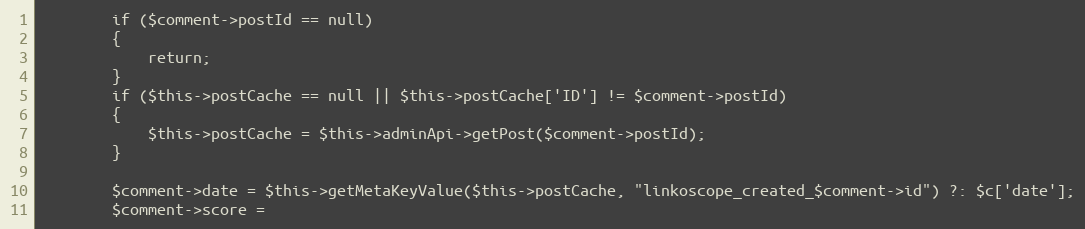
Language: PHP
        if ($comment->postId == null)
        {
            return;
        }
        if ($this->postCache == null || $this->postCache['ID'] != $comment->postId)
        {
            $this->postCache = $this->adminApi->getPost($comment->postId);
        }

        $comment->date = $this->getMetaKeyValue($this->postCache, "linkoscope_created_$comment->id") ?: $c['date'];
        $comment->score =